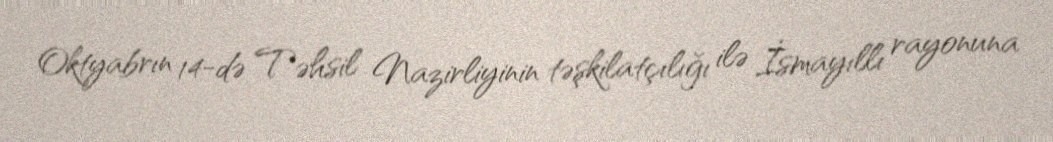
Oktyabrın 14-də Təhsil Nazirliyinin təşkilatçılığı ilə İsmayıllı rayonuna